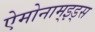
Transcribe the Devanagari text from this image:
ऐमोनाम्‌इड्स